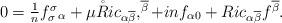
LaTeX: \begin{align*}\begin{array}[c]{l}0=\frac{1}{n}f_{\sigma}^{\sigma}{}_{\alpha}+\mu\mathring{R}ic_{\alpha\overline{\beta}},^{\overline{\beta}}+inf_{\alpha0}+Ric_{\alpha\overline{\beta}}f^{\overline{\beta}}.\end{array}\end{align*}